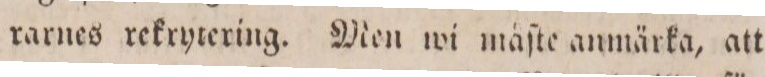
rarnes rekrytering. Men wi måſte anmärka, att